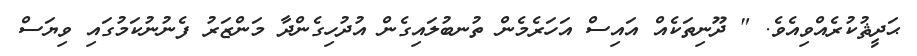
ޙަދީޘުކުރެއްވިއެވެ. " ދޫނިތަކެއް އައިސް އަހަރެމެން ތުނބުލައިގެން އުދުހިގެންދާ މަންޒަރު ފެނުނުކަމުގައި ވިޔަސް